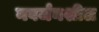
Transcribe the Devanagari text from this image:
नवर्जनशील